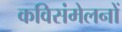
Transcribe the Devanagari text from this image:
कविसंमेलनों